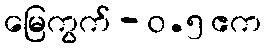
မြေကွက် - ၀.၅ ဧက